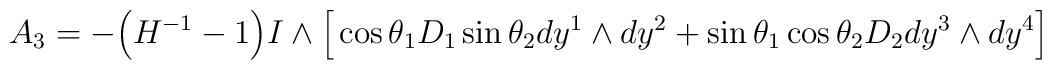
A_3 = - \Big( H^{-1}-1 \Big) I \wedge\Big[ \cos \theta_1 D_1 \sin \theta_2 dy^1 \wedge dy^2+ \sin \theta_1 \cos \theta_2 D_2 dy^3 \wedge dy^4 \Big]